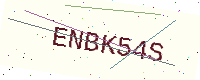
Text: ENBK54S